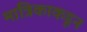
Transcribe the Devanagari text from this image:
मांत्रिकाकडून